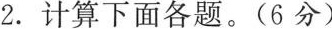
2.计算下面各题。(6分)